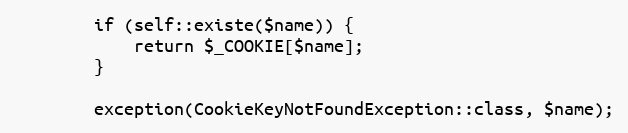
Language: PHP
        if (self::existe($name)) {
            return $_COOKIE[$name];
        }

        exception(CookieKeyNotFoundException::class, $name);